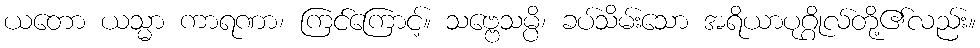
ယတော ယသ္မာ ကာရဏာ၊ ကြင်ကြောင့်။ သဗ္ဗေသမ္ပိ၊ ခပ်သိမ်းသော အရိယာပုဂ္ဂိုလ်တို့၏လည်း။